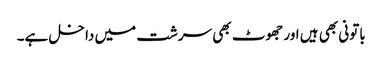
باتونی بھی ہیں اور جھوٹ بھی سرشت میں داخل ہے۔